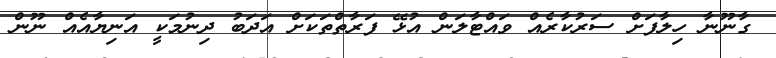
ގާނޫނާ ހިލާފަށް ސަރުކާރެއް ވައްޓާލަން އުޅޭ ފަރާތްތަކަށް އަދަބު ދިނުމަކީ އަނިޔާއެއް ނޫން